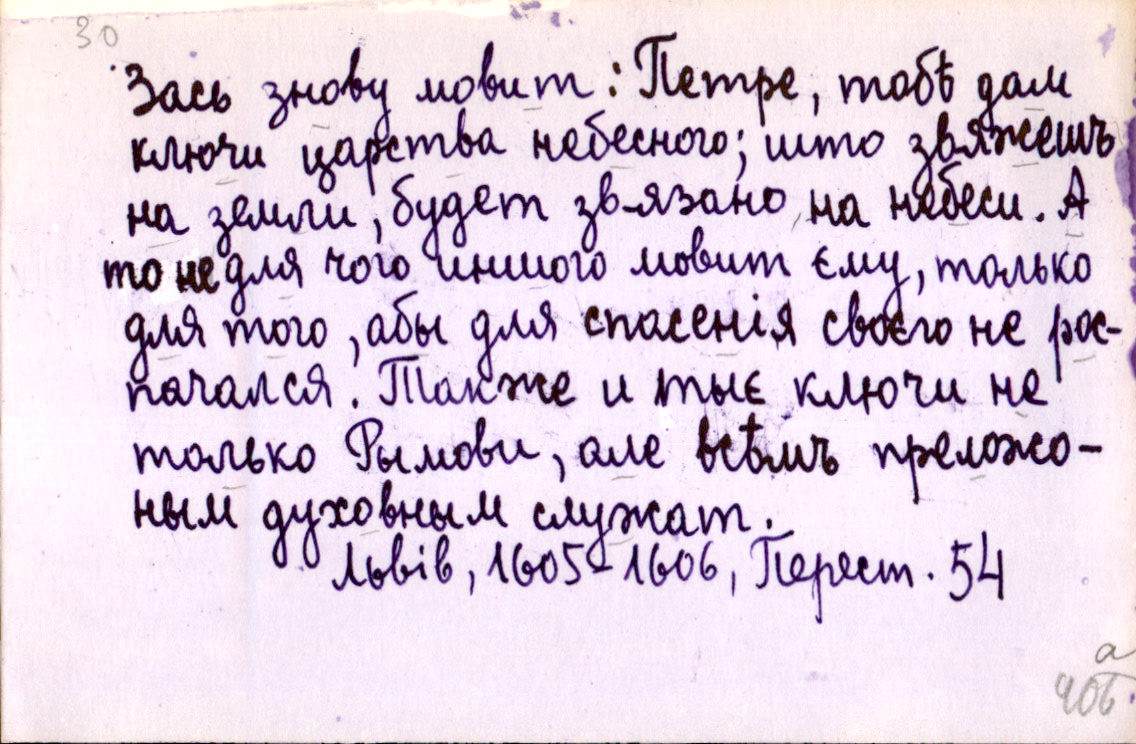
Зась знову мовит: Петре, тобѣ дам
ключи царства небесного; што звяжешъ
на земли, будет звязано на небеси. А
то не для чого иншого мовит єму, только
для того, абы для спасенія своєго не рос-
пачался. Также и тыє ключи не
только Рымови, але всѣмъ преложо-
ным духовным служат.
Львів, 1605-1606, Перест. 54